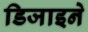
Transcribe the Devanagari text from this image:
डिजाइने